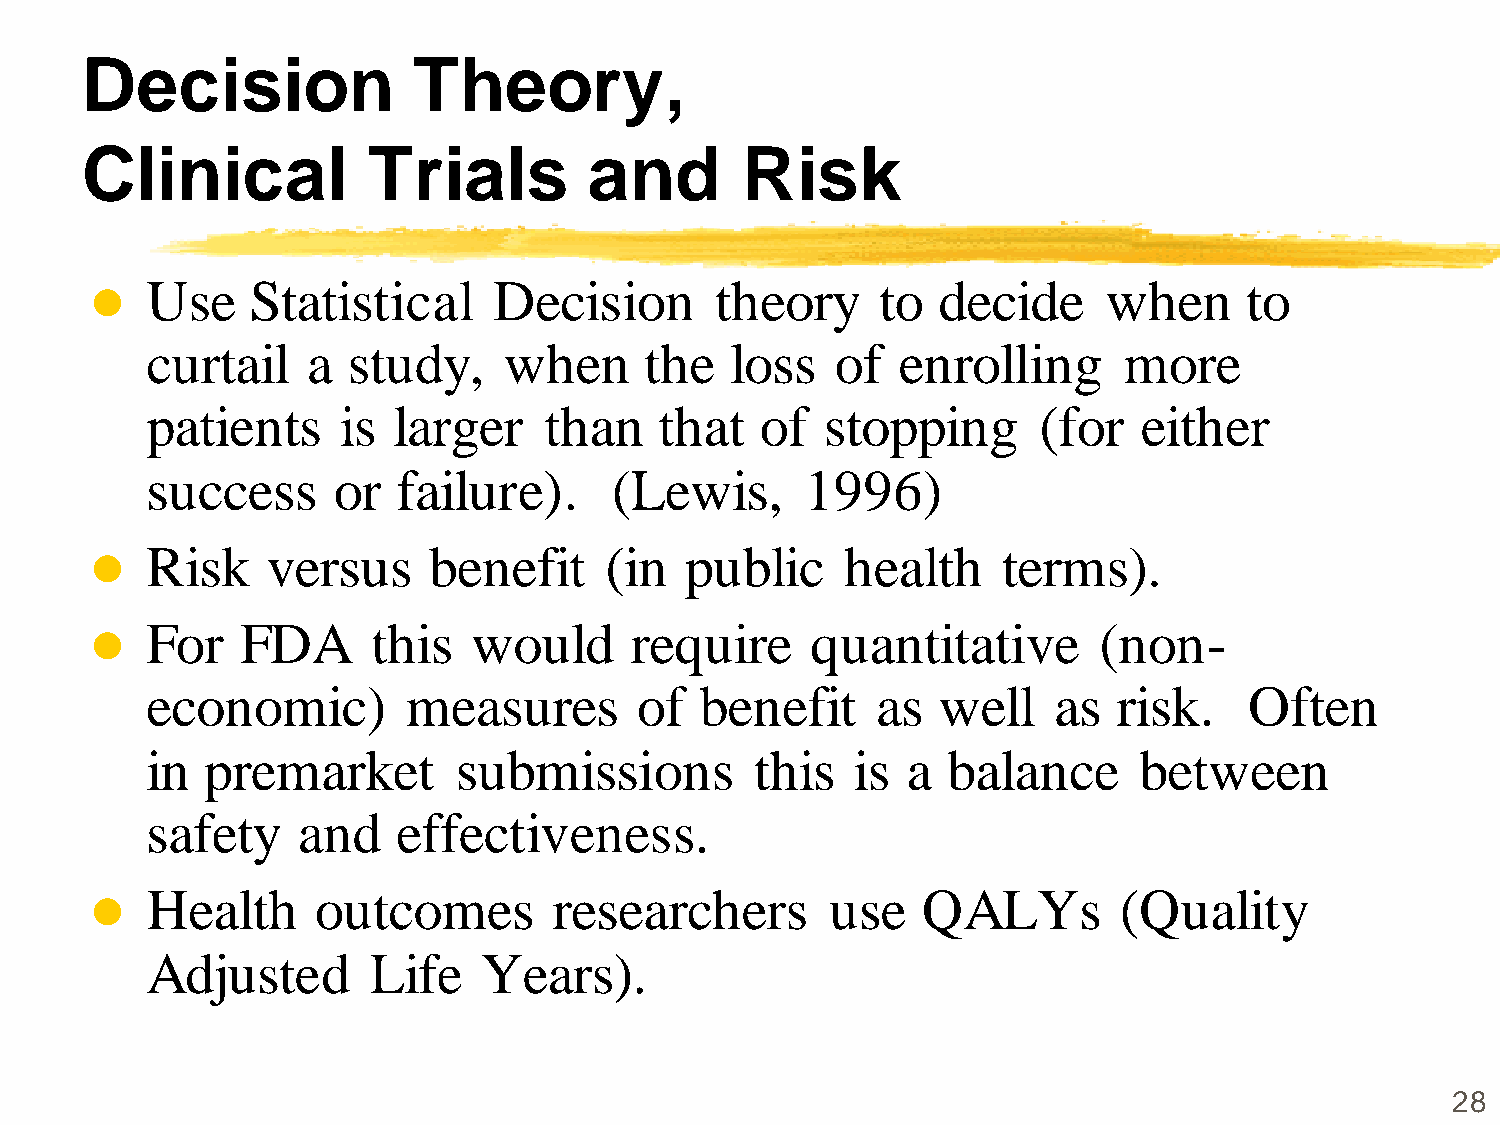
Decision              Theory,
 Clinical           Trials         and       Risk
 Use    Statistical     Decision      theory     to  decide     when      to
 
 curtail   a  study,    when      the  loss   of   enrolling     more
 patients     is larger    than    that  of   stopping      (for   either
 success     or  failure).      (Lewis,     1996)
 Risk    versus    benefit     (in  public     health    terms).
 
 For   FDA      this  would      require     quantitative       (non-
 
 economic)        measures       of  benefit     as  well    as  risk.    Often
 in  premarket       submissions         this   is a  balance     between
 safety    and   effectiveness.
 Health     outcomes        researchers       use   QALYs        (Quality
 
 Adjusted      Life    Years).
 28